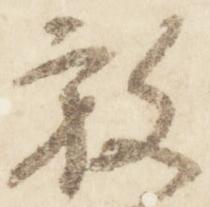
放